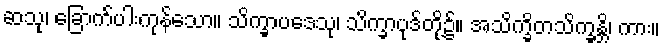
ဆသု၊ ခြောက်ပါးကုန်သော။ သိက္ခာပဒေသု၊ သိက္ခာပုဒ်တို့၌။ အသိက္ခိတသိက္ခန္တိ၊ ကား။